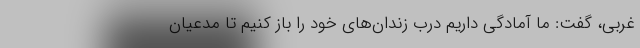
غربی، گفت: ما آمادگی داریم درب زندان‌های خود را باز کنیم تا مدعیان